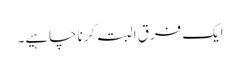
ایک فرق البتہ کرنا چاہیے۔